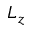
L _ { z }